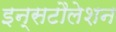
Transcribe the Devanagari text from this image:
इन्सटौलेशन